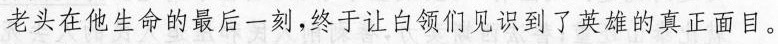
老头在他生命的最后一刻，终于让白领们见识到了英雄的真正面目。